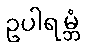
ဥပါရမ္ဘံ